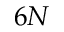
6 N